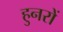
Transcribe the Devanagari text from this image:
हुनरों